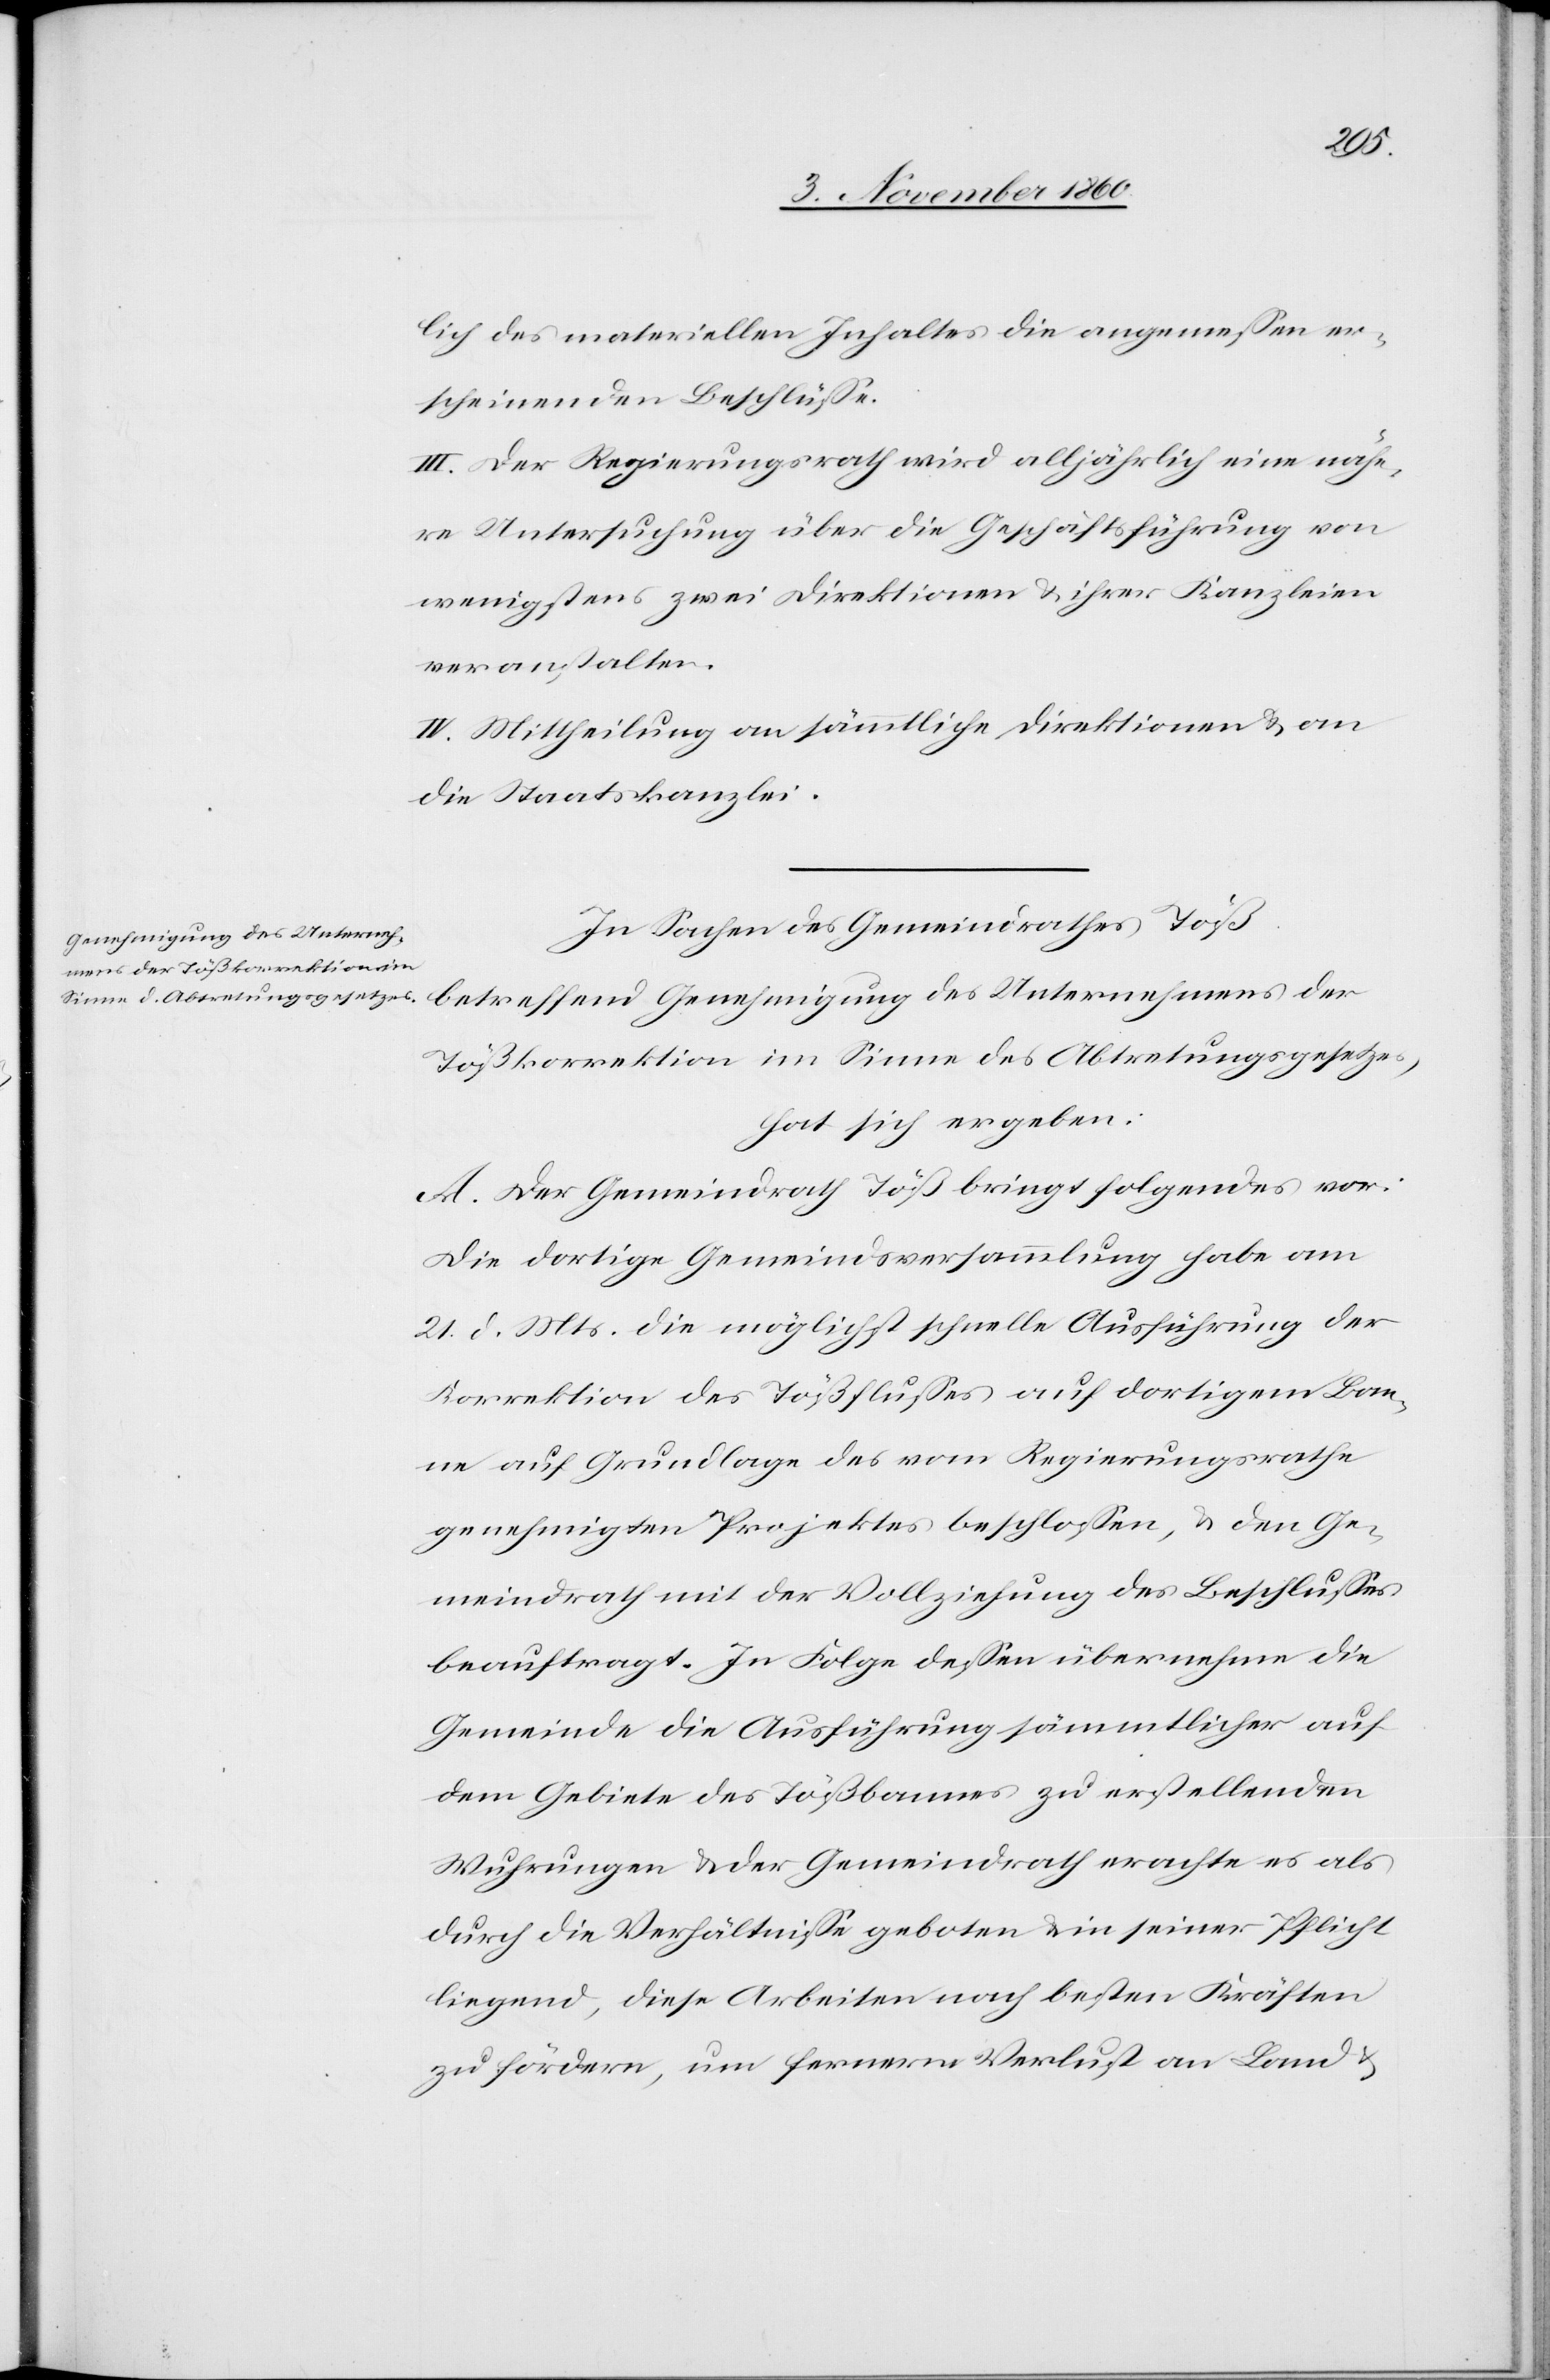
lich des materiellen Inhaltes die angemessen er¬
scheinenden Beschlüsse.
III. Der Regierungsrath wird alljährlich eine nähe¬
re Untersuchung über die Geschäftsführung von
wenigstens zwei Direktionen u. ihrer Kanzleien
veranstalten.
IV. Mittheilung an sämmtliche Direktionen u. an
die Staatskanzlei.
In Sachen des Gemeindrathes Töß
betreffend Genehmigung des Unternehmens der
Tößkorrektion im Sinne des Abtretungsgesetzes,
hat sich ergeben:
A. Der Gemeindrath Töß bringt folgendes vor:
Die dortige Gemeindsversammlung habe am
21. d. Mts. die möglichst schnelle Ausführung der
Korrektion des Tößflusses auf dortigem Bau¬
me auf Grundlage des vom Regierungsrathe
genehmigten Projektes beschlossen, u. den Ge¬
meindrath mit der Vollziehung des Beschlusses
beauftragt. In Folge dessen übernehme die
Gemeinde die Ausführung sämmtlicher auf
dem Gebiete des Tößbaumes zu erstellenden
Wuhrungen u. der Gemeindrath erachte es als
durch die Verhältnisse geboten u. in seiner Pflicht
liegend, diese Arbeiten nach besten Kräften
zu fördern, um fernern Verlust an Land u.